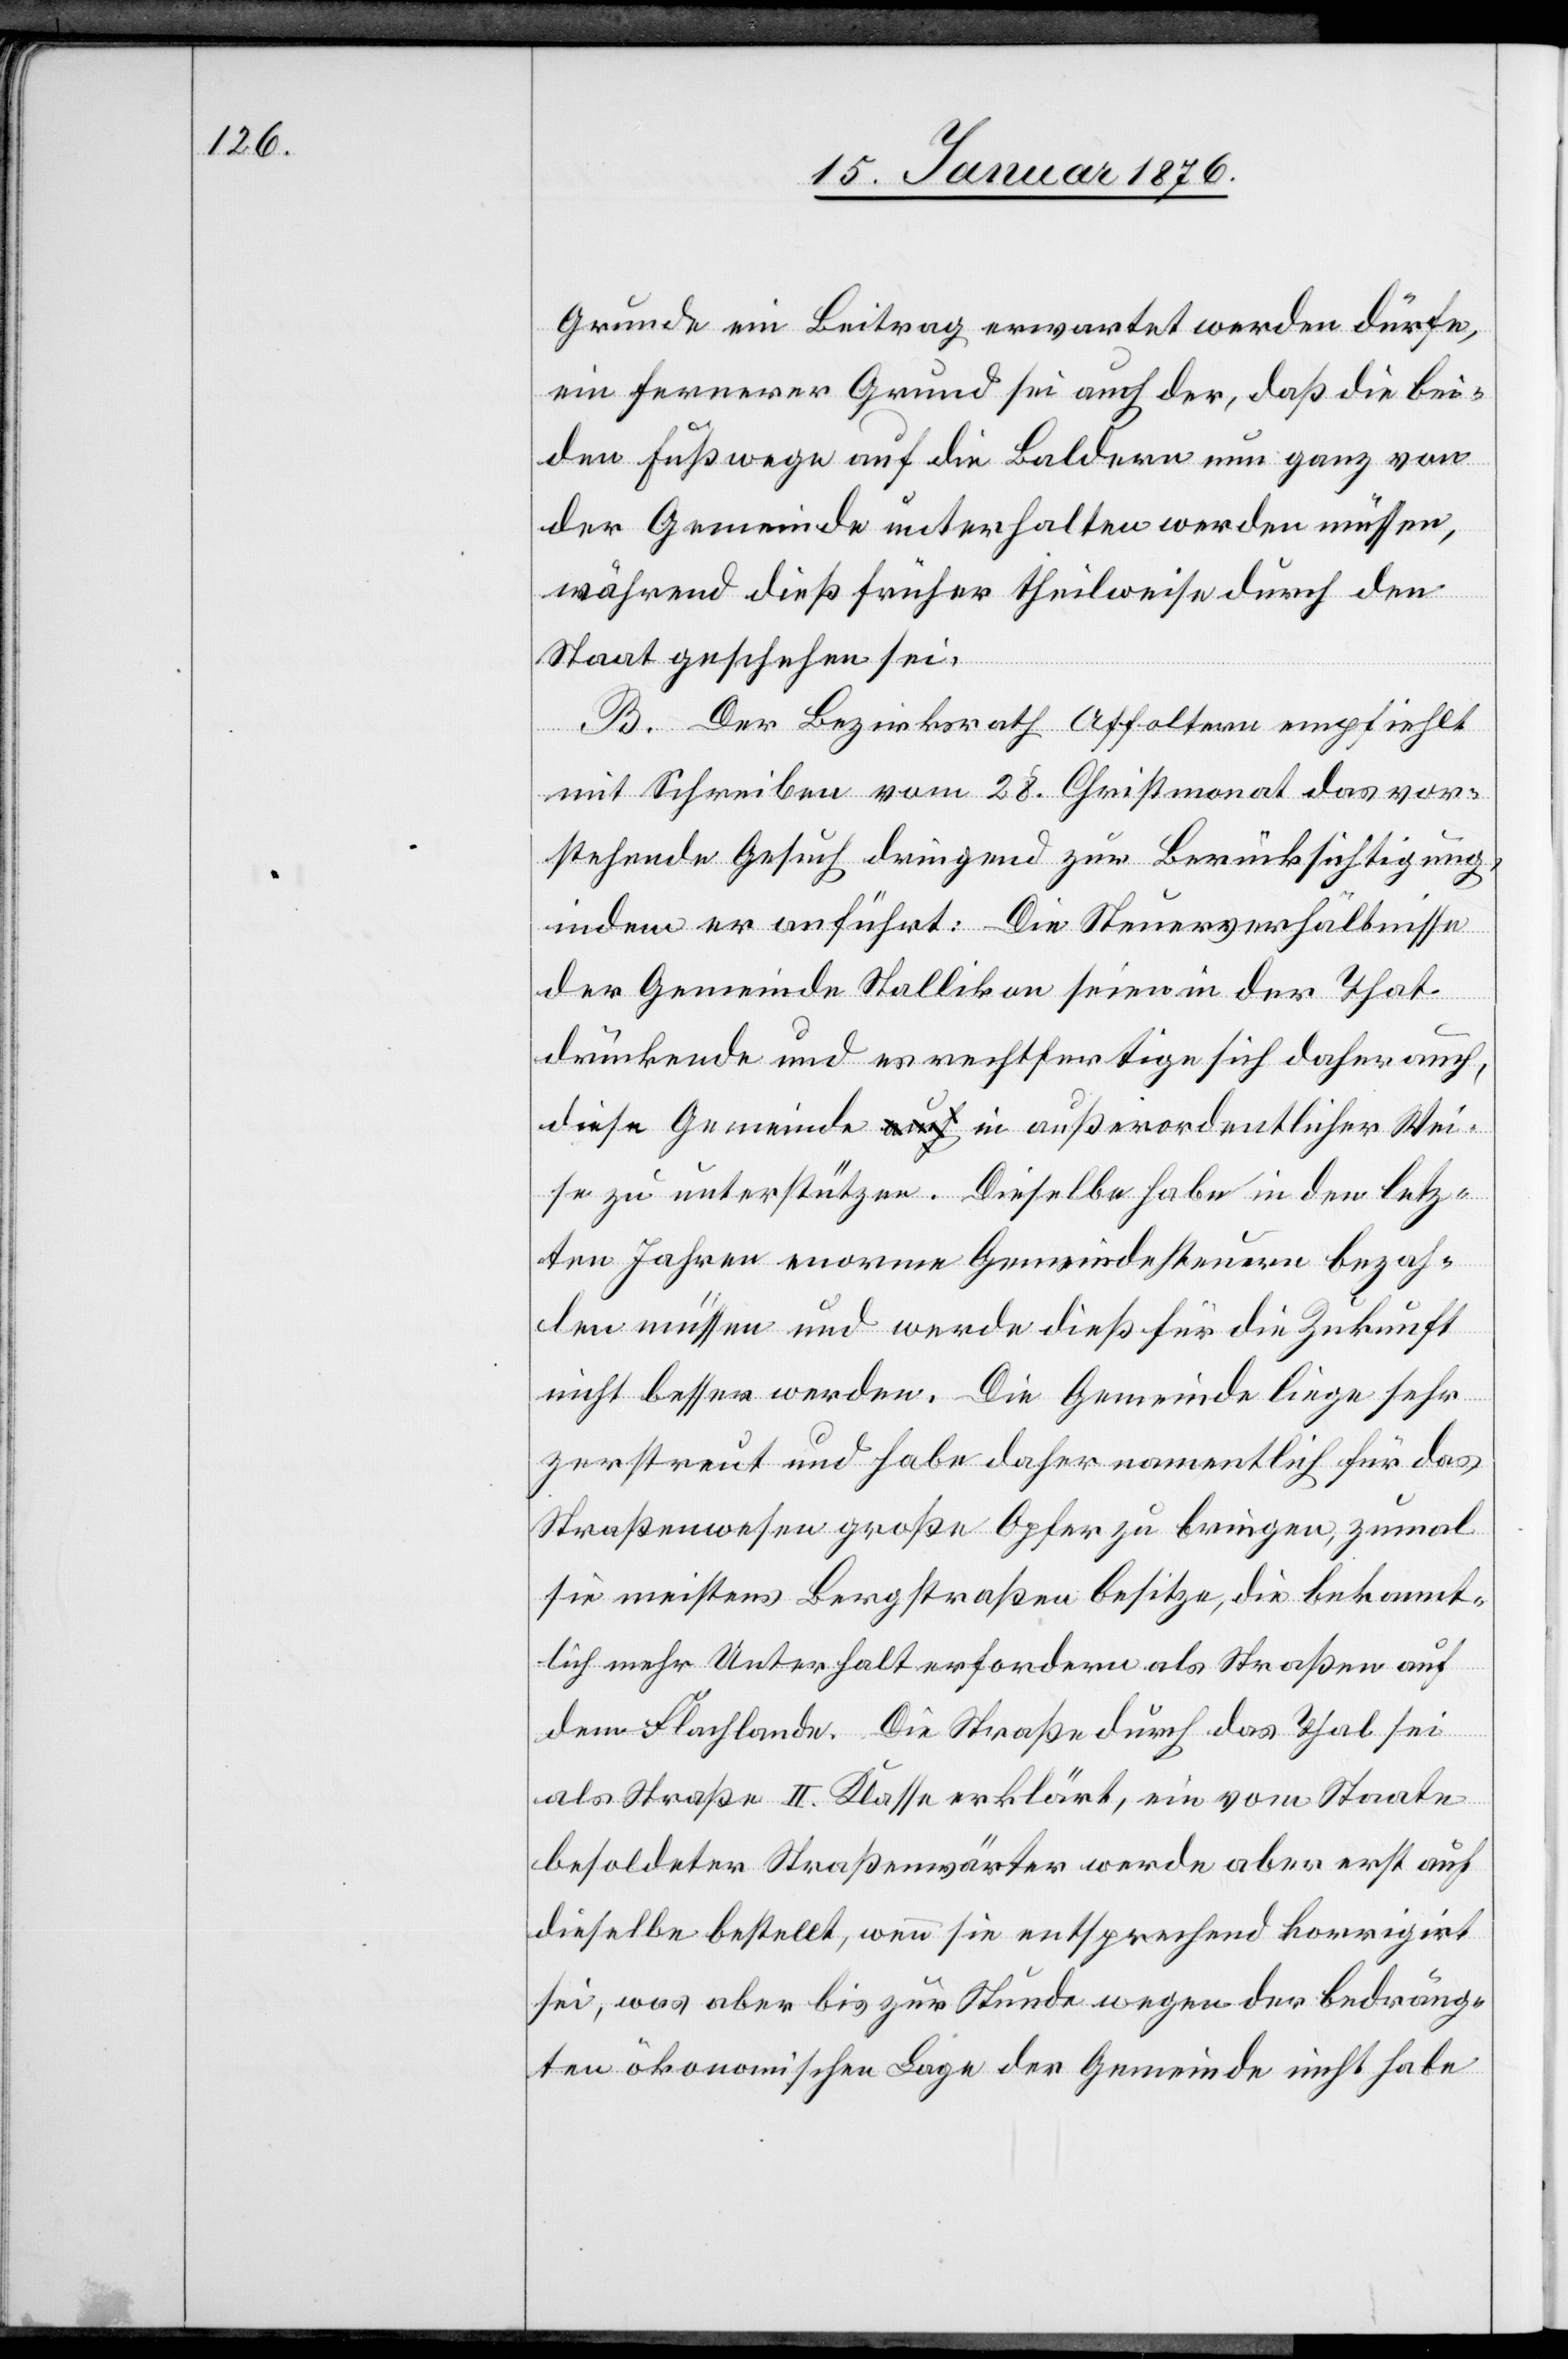
Grunde ein Beitrag erwartet werden dürfte,
ein fernerer Grund sei auch der, daß die bei¬
den Fußwege auf die Baldern nun ganz von
der Gemeinde unterhalten werden müssen,
während dieß früher theilweise durch den
Staat geschehen sei.
B. Der Bezirksrath Affoltern empfiehlt
mit Schreiben vom 28. Christmonat das vor¬
stehende Gesuch dringend zur Berücksichtigung,
indem er anführt: Die Steuerverhältnisse
der Gemeinde Stallikon seien in der That
drückende und es rechtfertige sich daher auch,
diese Gemeinde in außerordentlicher Wei¬
se zu unterstützen. Dieselbe habe in den letz¬
ten Jahren enorme Gemeindesteuern bezah¬
len müssen und werde dieß für die Zukunft
nicht besser werden. Die Gemeinde liege sehr
zerstreut und habe daher namentlich für das
Straßenwesen große Opfer zu bringen, zumal
sie meistens Bergstraßen besitze, die bekannt¬
lich mehr Unterhalt erfordern als Straße auf
dem Flachlande. Die Straße durch das Thal sei
als Straße II. Klasse erklärt, ein vom Staate
besoldeter Straßenwärter werde aber erst auf
dieselbe bestellt, wenn sie entsprechend korrigirt
sei, was aber bis zur Stunde wegen der bedräng¬
ten ökonomischen Lage der Gemeinde nicht habe